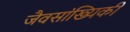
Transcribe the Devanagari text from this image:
जैवसांख्‍यिकी